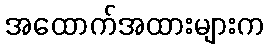
အထောက်အထားများက